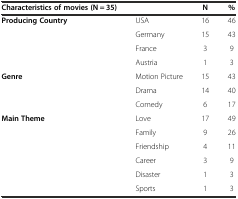
| Characteristics of movies (N = 35) |  | N | % |
 | --- | --- | --- | --- |
 | <ROWSPAN=4> Producing Country | USA | 16 | 46 |
 | Germany | 15 | 43 |
 | France | 3 | 9 |
 | Austria | 1 | 3 |
 | <ROWSPAN=3> Genre | Motion Picture | 15 | 43 |
 | Drama | 14 | 40 |
 | Comedy | 6 | 17 |
 | <ROWSPAN=6> Main Theme | Love | 17 | 49 |
 | Family | 9 | 26 |
 | Friendship | 4 | 11 |
 | Career | 3 | 9 |
 | Disaster | 1 | 3 |
 | Sports | 1 | 3 |